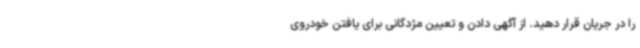
را در جریان قرار دهید. از آگهی دادن و تعیین مژدگانی برای یافتن خودروی